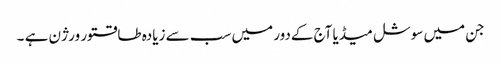
جن میں سوشل میڈیا آج کےدور میں سب سے زیادہ طاقتور ورژن ہے ۔